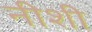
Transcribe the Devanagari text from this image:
नीशी